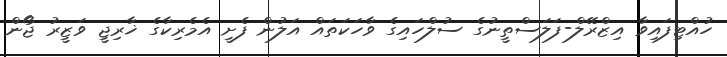
ހުއްޓިފައިވާ އިޒްރޭލް-ފަލަސްތީނުގެ ސުލްހައިގެ ވާހަކަތައް އަލުން ފެށީ އެމެރިކާގެ ޚާރިޖީ ވަޒީރު ޖޯން